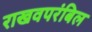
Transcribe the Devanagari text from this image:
राखवपरंबिल